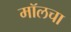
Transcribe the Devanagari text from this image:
मॉलचा